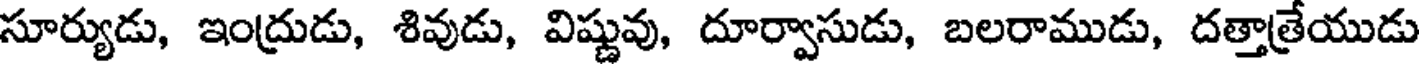
సూర్యుడు, ఇంద్రుడు, శివుడు, విష్ణువు, దూర్వాసుడు, బలరాముడు, దత్తాత్రేయుడు